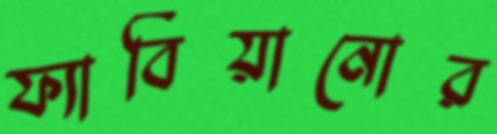
ফ্যাবিয়ানোর